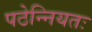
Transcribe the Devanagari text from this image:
पठेन्नियतः